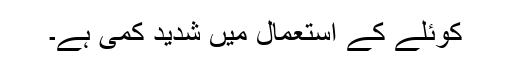
کوئلے کے استعمال میں شدید کمی ہے۔